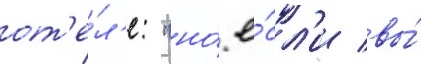
от'е́л'е: "но́ е́сл'и вы́